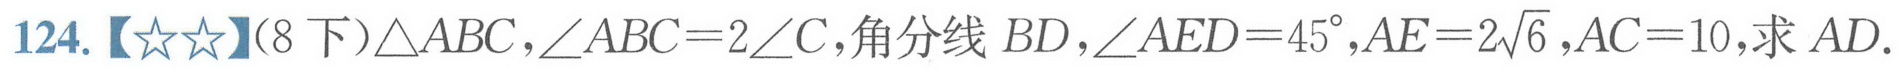
124.【★★】(8 下)$\triangle ABC$，$\angle ABC = 2\angle C$，角平分线 $BD$，$\angle AED = 45^{\circ}$，$AE = 2\sqrt{6}$，$AC = 10$，求 $AD$.